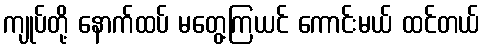
ကျုပ်တို့ နောက်ထပ် မတွေ့ကြယင် ကောင်းမယ် ထင်တယ်